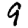
Digit: 9